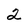
Character: 2